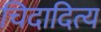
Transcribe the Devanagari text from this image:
चिदादित्य